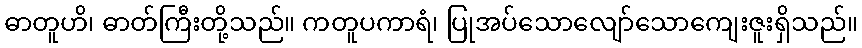
ဓာတူဟိ၊ ဓာတ်ကြီးတို့သည်။ ကတူပကာရံ၊ ပြုအပ်သောလျော်သောကျေးဇူးရှိသည်။